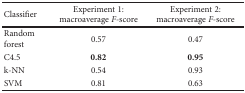
<table><thead><tr><td><b>Classifier</b></td><td><b>Experiment 1: macroaverage <i>F</i>-score</b></td><td><b>Experiment 2: macroaverage <i>F</i>-score</b></td></tr></thead><tbody><tr><td>Random forest</td><td>0.57</td><td>0.47</td></tr><tr><td>C4.5</td><td><b>0.82</b></td><td><b>0.95</b></td></tr><tr><td>k-NN</td><td>0.54</td><td>0.93</td></tr><tr><td>SVM</td><td>0.81</td><td>0.63</td></tr></tbody></table>